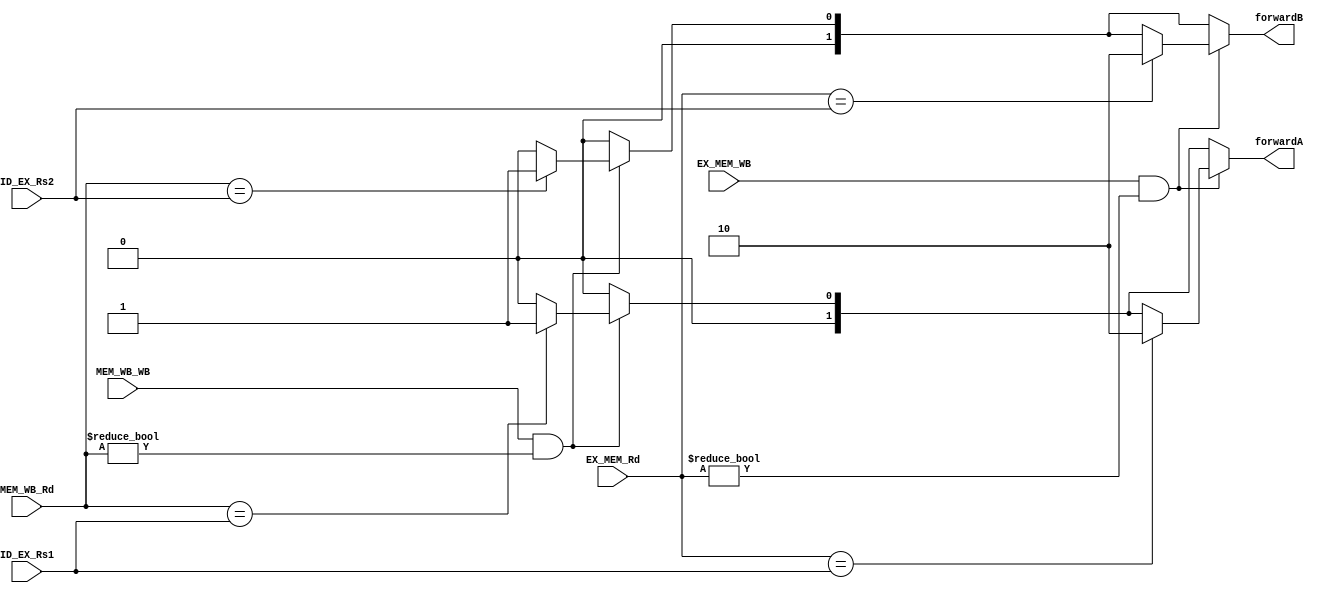
module ForwardUnit(
  input [4:0] ID_EX_Rs1,
  input [4:0] ID_EX_Rs2,
  input [4:0] EX_MEM_Rd,
  input [4:0] MEM_WB_Rd,
  input EX_MEM_WB,
  input MEM_WB_WB,
  output reg [1:0] forwardA,
  output reg [1:0] forwardB
);
always @(*) begin
  forwardA = 2'b00;
  forwardB = 2'b00;
  if (MEM_WB_WB && (MEM_WB_Rd != 0)) begin
    if (MEM_WB_Rd == ID_EX_Rs1) forwardA = 2'b01;
    if (MEM_WB_Rd == ID_EX_Rs2) forwardB = 2'b01;
  end
  if (EX_MEM_WB && (EX_MEM_Rd != 0)) begin
    if (EX_MEM_Rd == ID_EX_Rs1) forwardA = 2'b10;
    if (EX_MEM_Rd == ID_EX_Rs2) forwardB = 2'b10;
  end
end
endmodule